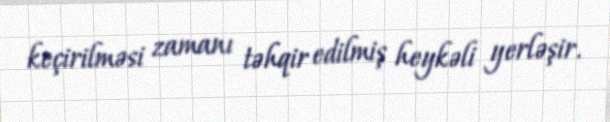
keçirilməsi zamanı təhqir edilmiş heykəli yerləşir.